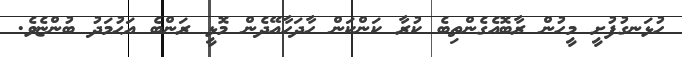
ހުޅަނގުފުށީ މީހުން ރާބޮއެގެންތިބެ ކުރާ ކަންކަން ހާދަހާއޭދެން މޮޅީ ރަންބެ އަޙުމަދު ބުންޏެވެ.